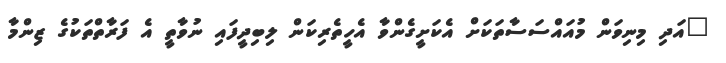
"އަދި މިނިވަން މުއައްސަސާތަކަށް އެކަށީގެންވާ އެހީތެރިކަން ލިބިދީފައި ނުވާތީ އެ ފަރާތްތަކުގެ ޒިންމާ